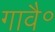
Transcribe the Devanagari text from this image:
गावै॰